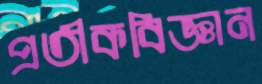
প্রতীকবিজ্ঞান